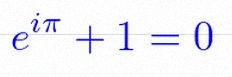
e^{i\pi}+1=0